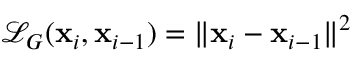
\mathcal L _ { G } ( \mathbf x _ { i } , \mathbf x _ { i - 1 } ) = \| \mathbf x _ { i } - \mathbf x _ { i - 1 } \| ^ { 2 }